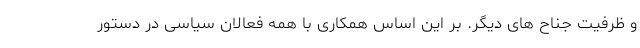
و ظرفیت جناح های دیگر. بر این اساس همکاری با همه فعالان سیاسی در دستور